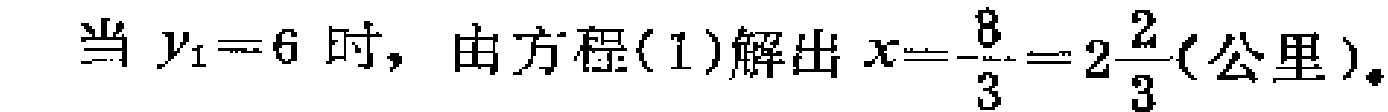
当 \(y_{1}=6\) 时，由方程(1)解出 \(x = -\frac{8}{-3}=2\frac{2}{3}\)(公里)。